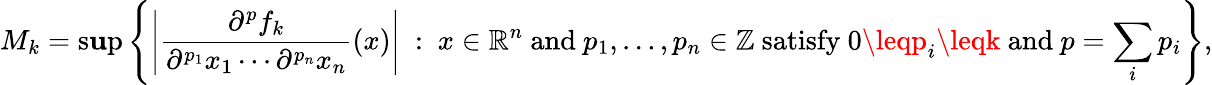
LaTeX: M_{k}=\operatorname*{s\mathbf{u}p}\left\{ \left|{\frac{{\partial^{p}f_{k}}}{{\partial^{p_{1}}x_{1}\cdots\partial^{p_{n}}x_{n}}}}(x)\right|~:~x\in\mathbb{{R}}^{n}{\mathrm{{~and~}}}p_{1},\ldots,p_{n}\in\mathbb{{Z}}{\mathrm{{~satisfy~}}}0\leqp_{i}\leqk{\mathrm{{~and~}}}p=\sum_{i}p_{i}\right\} ,